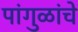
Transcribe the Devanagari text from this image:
पांगुळांचे